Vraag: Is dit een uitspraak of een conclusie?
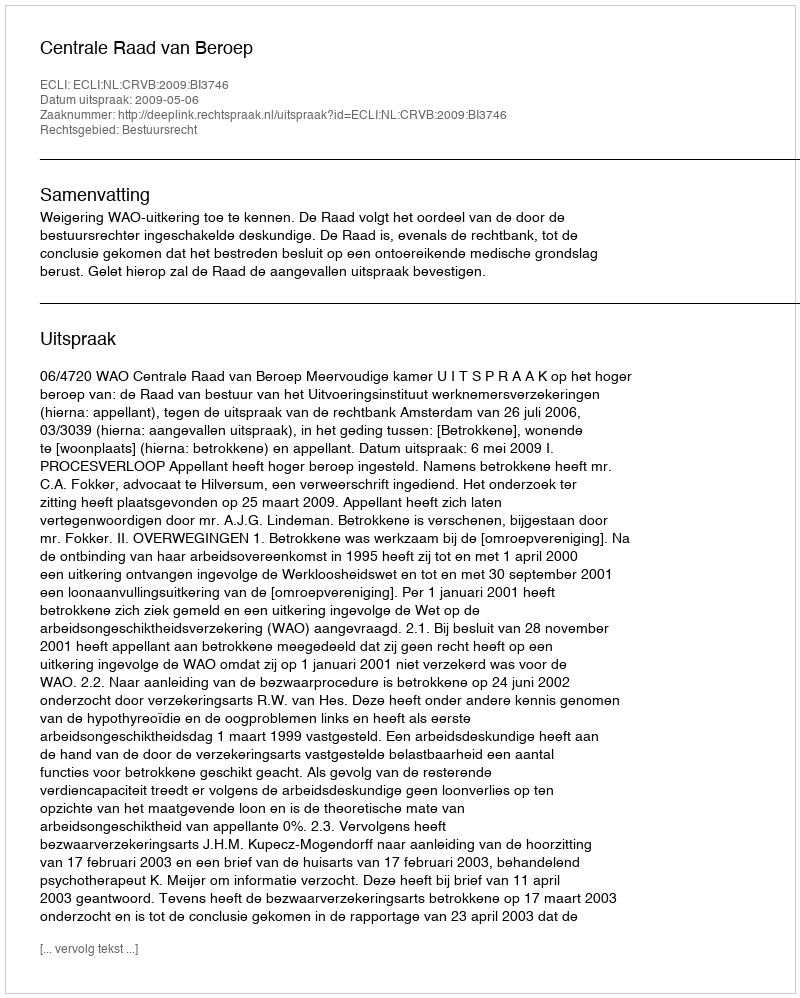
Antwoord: Uitspraak